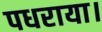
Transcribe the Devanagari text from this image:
पधराया।